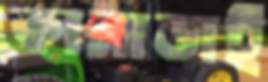
কানাডাই